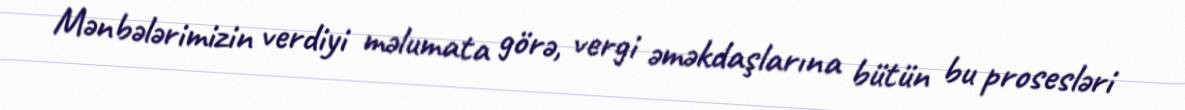
Mənbələrimizin verdiyi məlumata görə, vergi əməkdaşlarına bütün bu prosesləri